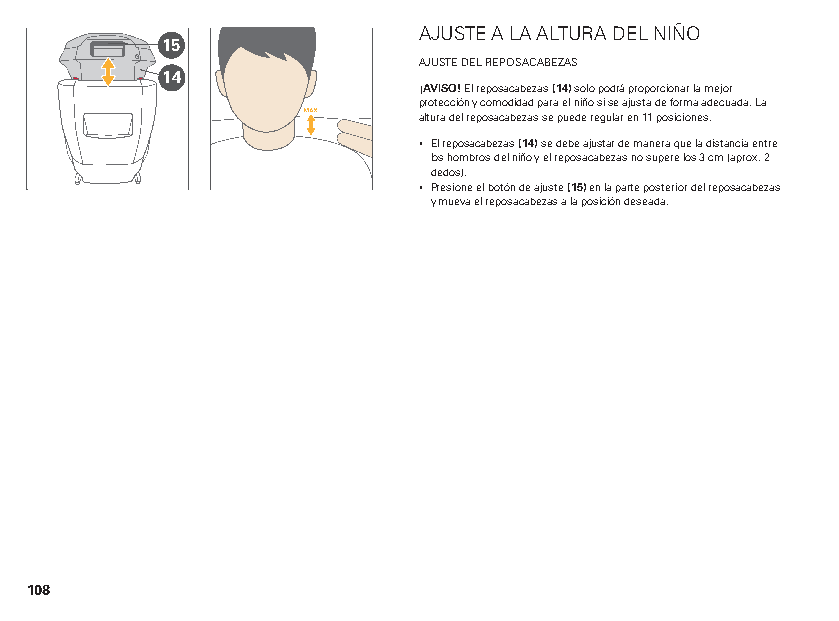
AJUSTE A LA ALTURA DEL NIÑO
 15
 AJUSTE DEL REPOSACABEZAS
 14
 ¡AVISO! El reposacabezas (14) solo podrá proporcionar la mejor
 protección y comodidad para el niño si se ajusta de forma adecuada. La
 altura del reposacabezas se puede regular en 11 posiciones.
 ▪ El reposacabezas (14) se debe ajustar de manera que la distancia entre
 los hombros del niño y el reposacabezas no supere los 3 cm (aprox. 2
 dedos).
 ▪ Presione el botón de ajuste (15) en la parte posterior del reposacabezas
 y mueva el reposacabezas a la posición deseada.
 108